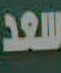
سعد